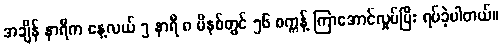
အချိန် နာရီက နေ့လယ် ၅ နာရီ ၈ မိနစ်တွင် ၅၆ စက္ကန့် ကြာအောင်လှုပ်ပြီး ရပ်ခဲ့ပါတယ်။